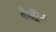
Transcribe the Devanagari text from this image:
कैप्टिन